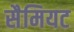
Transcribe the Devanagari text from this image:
सैमियट